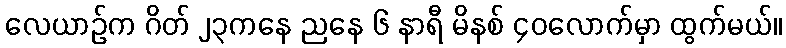
လေယာဉ်က ဂိတ် ၂၃ကနေ ညနေ ၆ နာရီ မိနစ် ၄၀လောက်မှာ ထွက်မယ်။